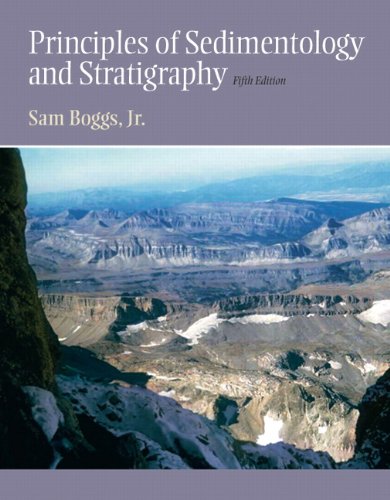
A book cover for Principles of Sedimentology and Stratigraphy (5th Edition); Sam Boggs Jr.; Science & Math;